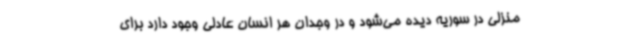
منزلی در سوریه دیده می‌شود و در وجدان هر انسان عادلی وجود دارد برای